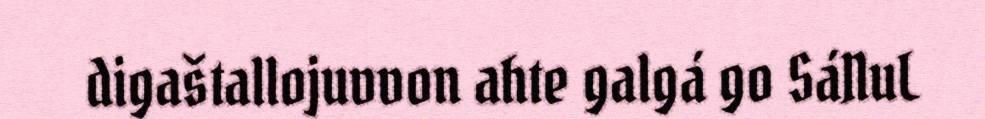
digaštallojuvvon ahte galgá go SáNuL